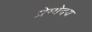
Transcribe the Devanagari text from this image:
प्रेमोदय